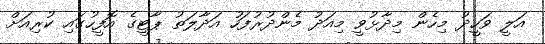
އަލީ ވަހީދު މިހެން މިދާޅުވީ މިއަދު މެންދުރުފަހު އަދާލަތު ޕާޓީގެ އޮފީހުގައި ކުރިއަށް